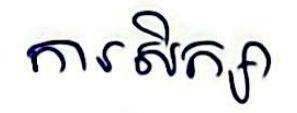
ការសិក្សា